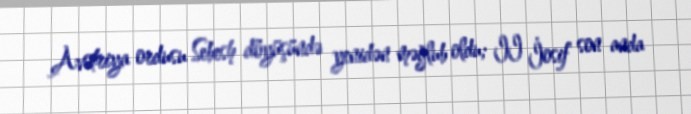
Avstriya ordusu Sebesh döyüşündə yenidən məğlub oldu; II İosif son anda